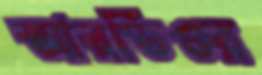
আরডিওর